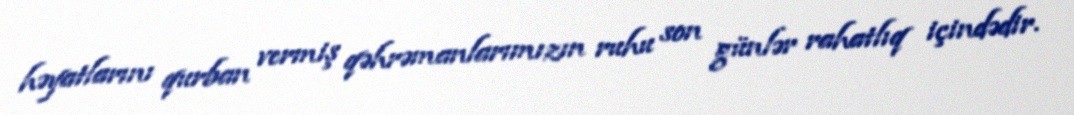
həyatlarını qurban vermiş qəhrəmanlarımızın ruhu son günlər rahatlıq içindədir.